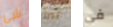
شئ تبرز في